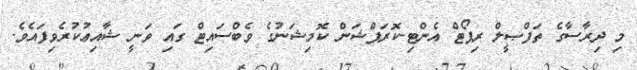
މި ދިރާސާގެ ތަފްޞީލް ރިޕޯޓް އެންޓި-ކޮރަޕްޝަން ކޮމިޝަނުގެ ވެބްސައިޓް ގައި ވަނީ ޝާއިޢުކުރެވިފައެވެ.